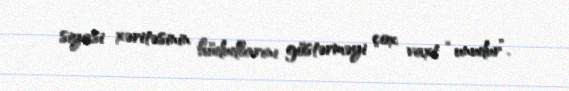
siyasi xəritəsinin hüdudlarını göstərməyi çox vaxt “unudur”.